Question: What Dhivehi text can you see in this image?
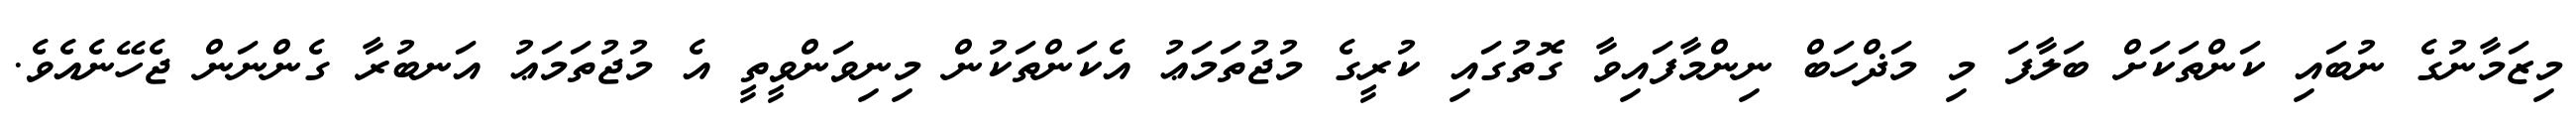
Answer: މިޒަމާނުގެ ނުބައި ކަންތަކަށް ބަލާފަ މި މަޛްހަބް ނިންމާފައިވާ ގޮތުގައި ކުރީގެ މުޖުތަމަޢު އެކަންތަކުން މިނިވަންވީތީ އެ މުޖުތަމަޢު އަނބުރާ ގެންނަން ޖެހޭނެއެވެ.